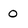
Character: 0